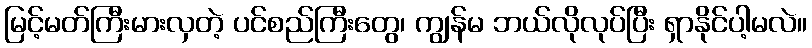
မြင့်မတ်ကြီးမားလှတဲ့ ပင်စည်ကြီးတွေ၊ ကျွန်မ ဘယ်လိုလုပ်ပြီး ရှာနိုင်ပါ့မလဲ။